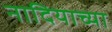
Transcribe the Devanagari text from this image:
नादियाच्या